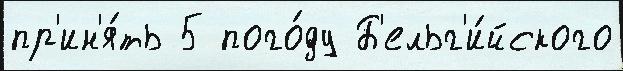
пр'ин'я́ть 5 пого́ду Б'ельг'и́йского